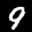
Label: 9